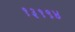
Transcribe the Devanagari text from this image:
१३१९४